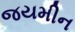
જયમીન